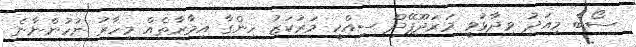
ސޯބެ މިއަދު ވިދާޅުވީ މަރަދޫފޭދޫ ސިއްހީ މަރުކަޒު ހިންގާ އިމާރާތެއް މިހާރު ނުހުންނާނެ